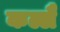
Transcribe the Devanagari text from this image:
कल्लै